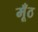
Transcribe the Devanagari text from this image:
मूँठ